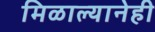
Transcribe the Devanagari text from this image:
मिळाल्यानेही